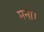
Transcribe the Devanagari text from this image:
मना।